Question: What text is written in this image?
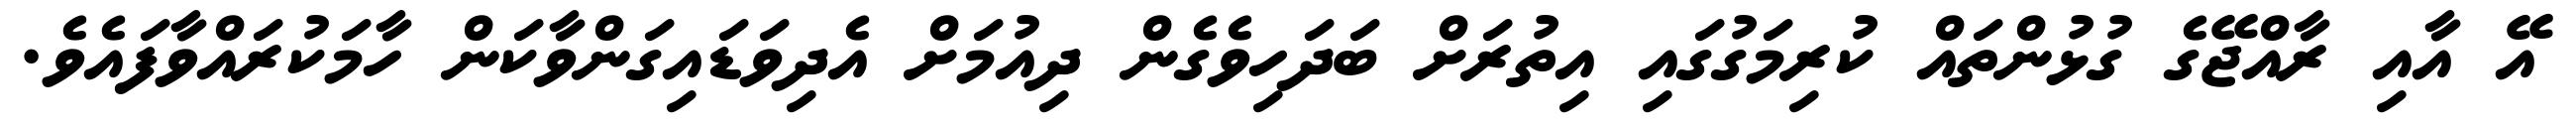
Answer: އޭ އާއި ރާއްޖޭގެ ގުޅުންތައް ކުރިމަގުގައި އިތުރަށް ބަދަހިވެގެން ދިއުމަށް އެދިވަޑައިގަންވާކަން ހާމަކުރައްވާފައެވެ.